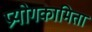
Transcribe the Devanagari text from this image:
प्रयोगकामिता